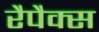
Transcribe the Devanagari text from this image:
रैपैक्स